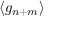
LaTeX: \langle g _ { n + m } \rangle